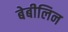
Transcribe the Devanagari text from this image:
बेबीलिन